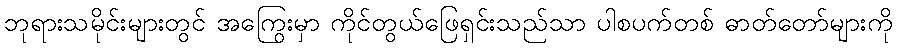
ဘုရားသမိုင်းများတွင် အကြွေးမှာ ကိုင်တွယ်ဖြေရှင်းသည်သာ ပါစပက်တစ် ဓာတ်တော်များကို